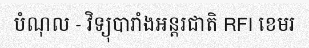
បំណុល - វិទ្យុបារាំងអន្តរជាតិ RFI ខេមរ